Account of plague administration in the Bombay Presidency from September 1896 till May 1897
Year: 1896
Disease focus: Plague
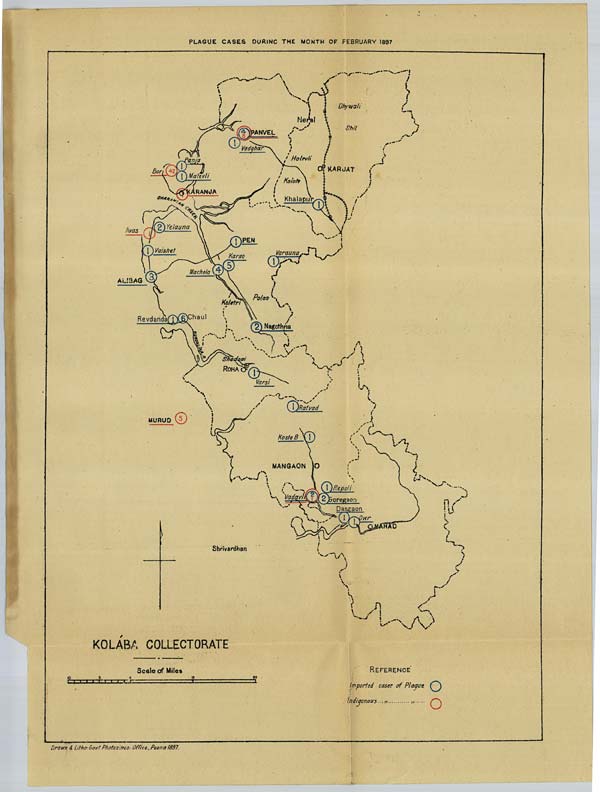
PLAGUE CASES DURING THE MONTH OF FEBRUARY 1897
Drawn & Litho. Govt. Photozinco: Office, Poona 1897.